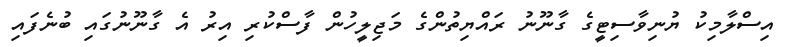
އިސްލާމިކު ޔުނިވާސިޓީގެ ގާނޫނު ރައްޔިތުންގެ މަޖިލީހުން ފާސްކުރި އިރު އެ ގާނޫނުގައި ބުނެފައި